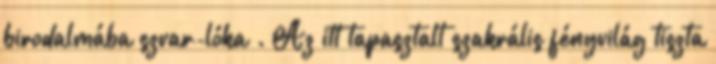
birodalmába szvar-lóka . Az itt tapasztalt szakrális fényvilág tiszta